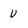
Character: u